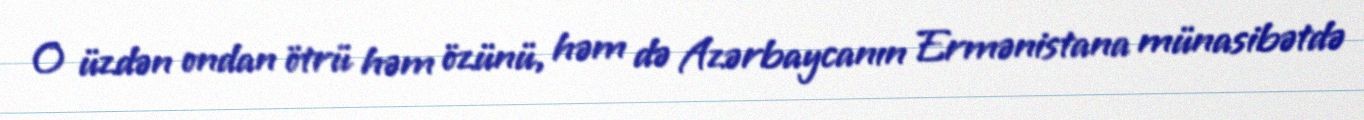
O üzdən ondan ötrü həm özünü, həm də Azərbaycanın Ermənistana münasibətdə